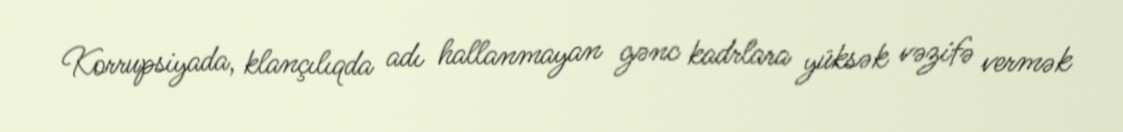
Korrupsiyada, klançılıqda adı hallanmayan gənc kadrlara yüksək vəzifə vermək